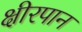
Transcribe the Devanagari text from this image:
क्षीरपान